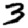
Digit: 3